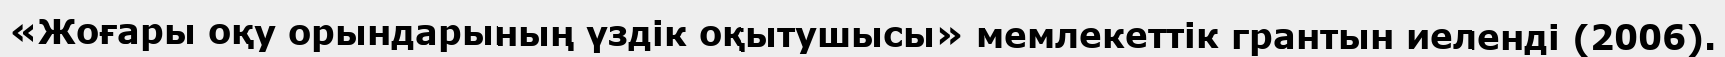
«Жоғары оқу орындарының үздік оқытушысы» мемлекеттік грантын иеленді (2006).